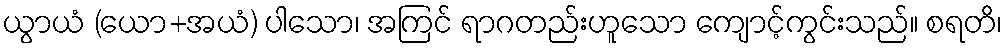
ယွာယံ (ယော+အယံ) ပါသော၊ အကြင် ရာဂတည်းဟူသော ကျောင့်ကွင်းသည်။ စရတိ၊